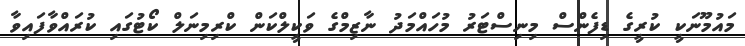
މައުމޫނަކީ ކުރީގެ ޑިފެންސް މިނިސްޓަރު މުހައްމަދު ނާޒިމްގެ ވަކީލްކަން ކްރިމިނަލް ކޯޓުގައި ކުރައްވާފައިވާ